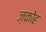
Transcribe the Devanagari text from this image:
ज़कोह